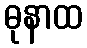
ဓုနာထ